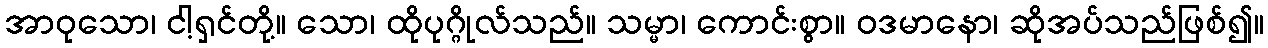
အာဝုသော၊ ငါ့ရှင်တို့။ သော၊ ထိုပုဂ္ဂိုလ်သည်။ သမ္မာ၊ ကောင်းစွာ။ ဝဒမာနော၊ ဆိုအပ်သည်ဖြစ်၍။